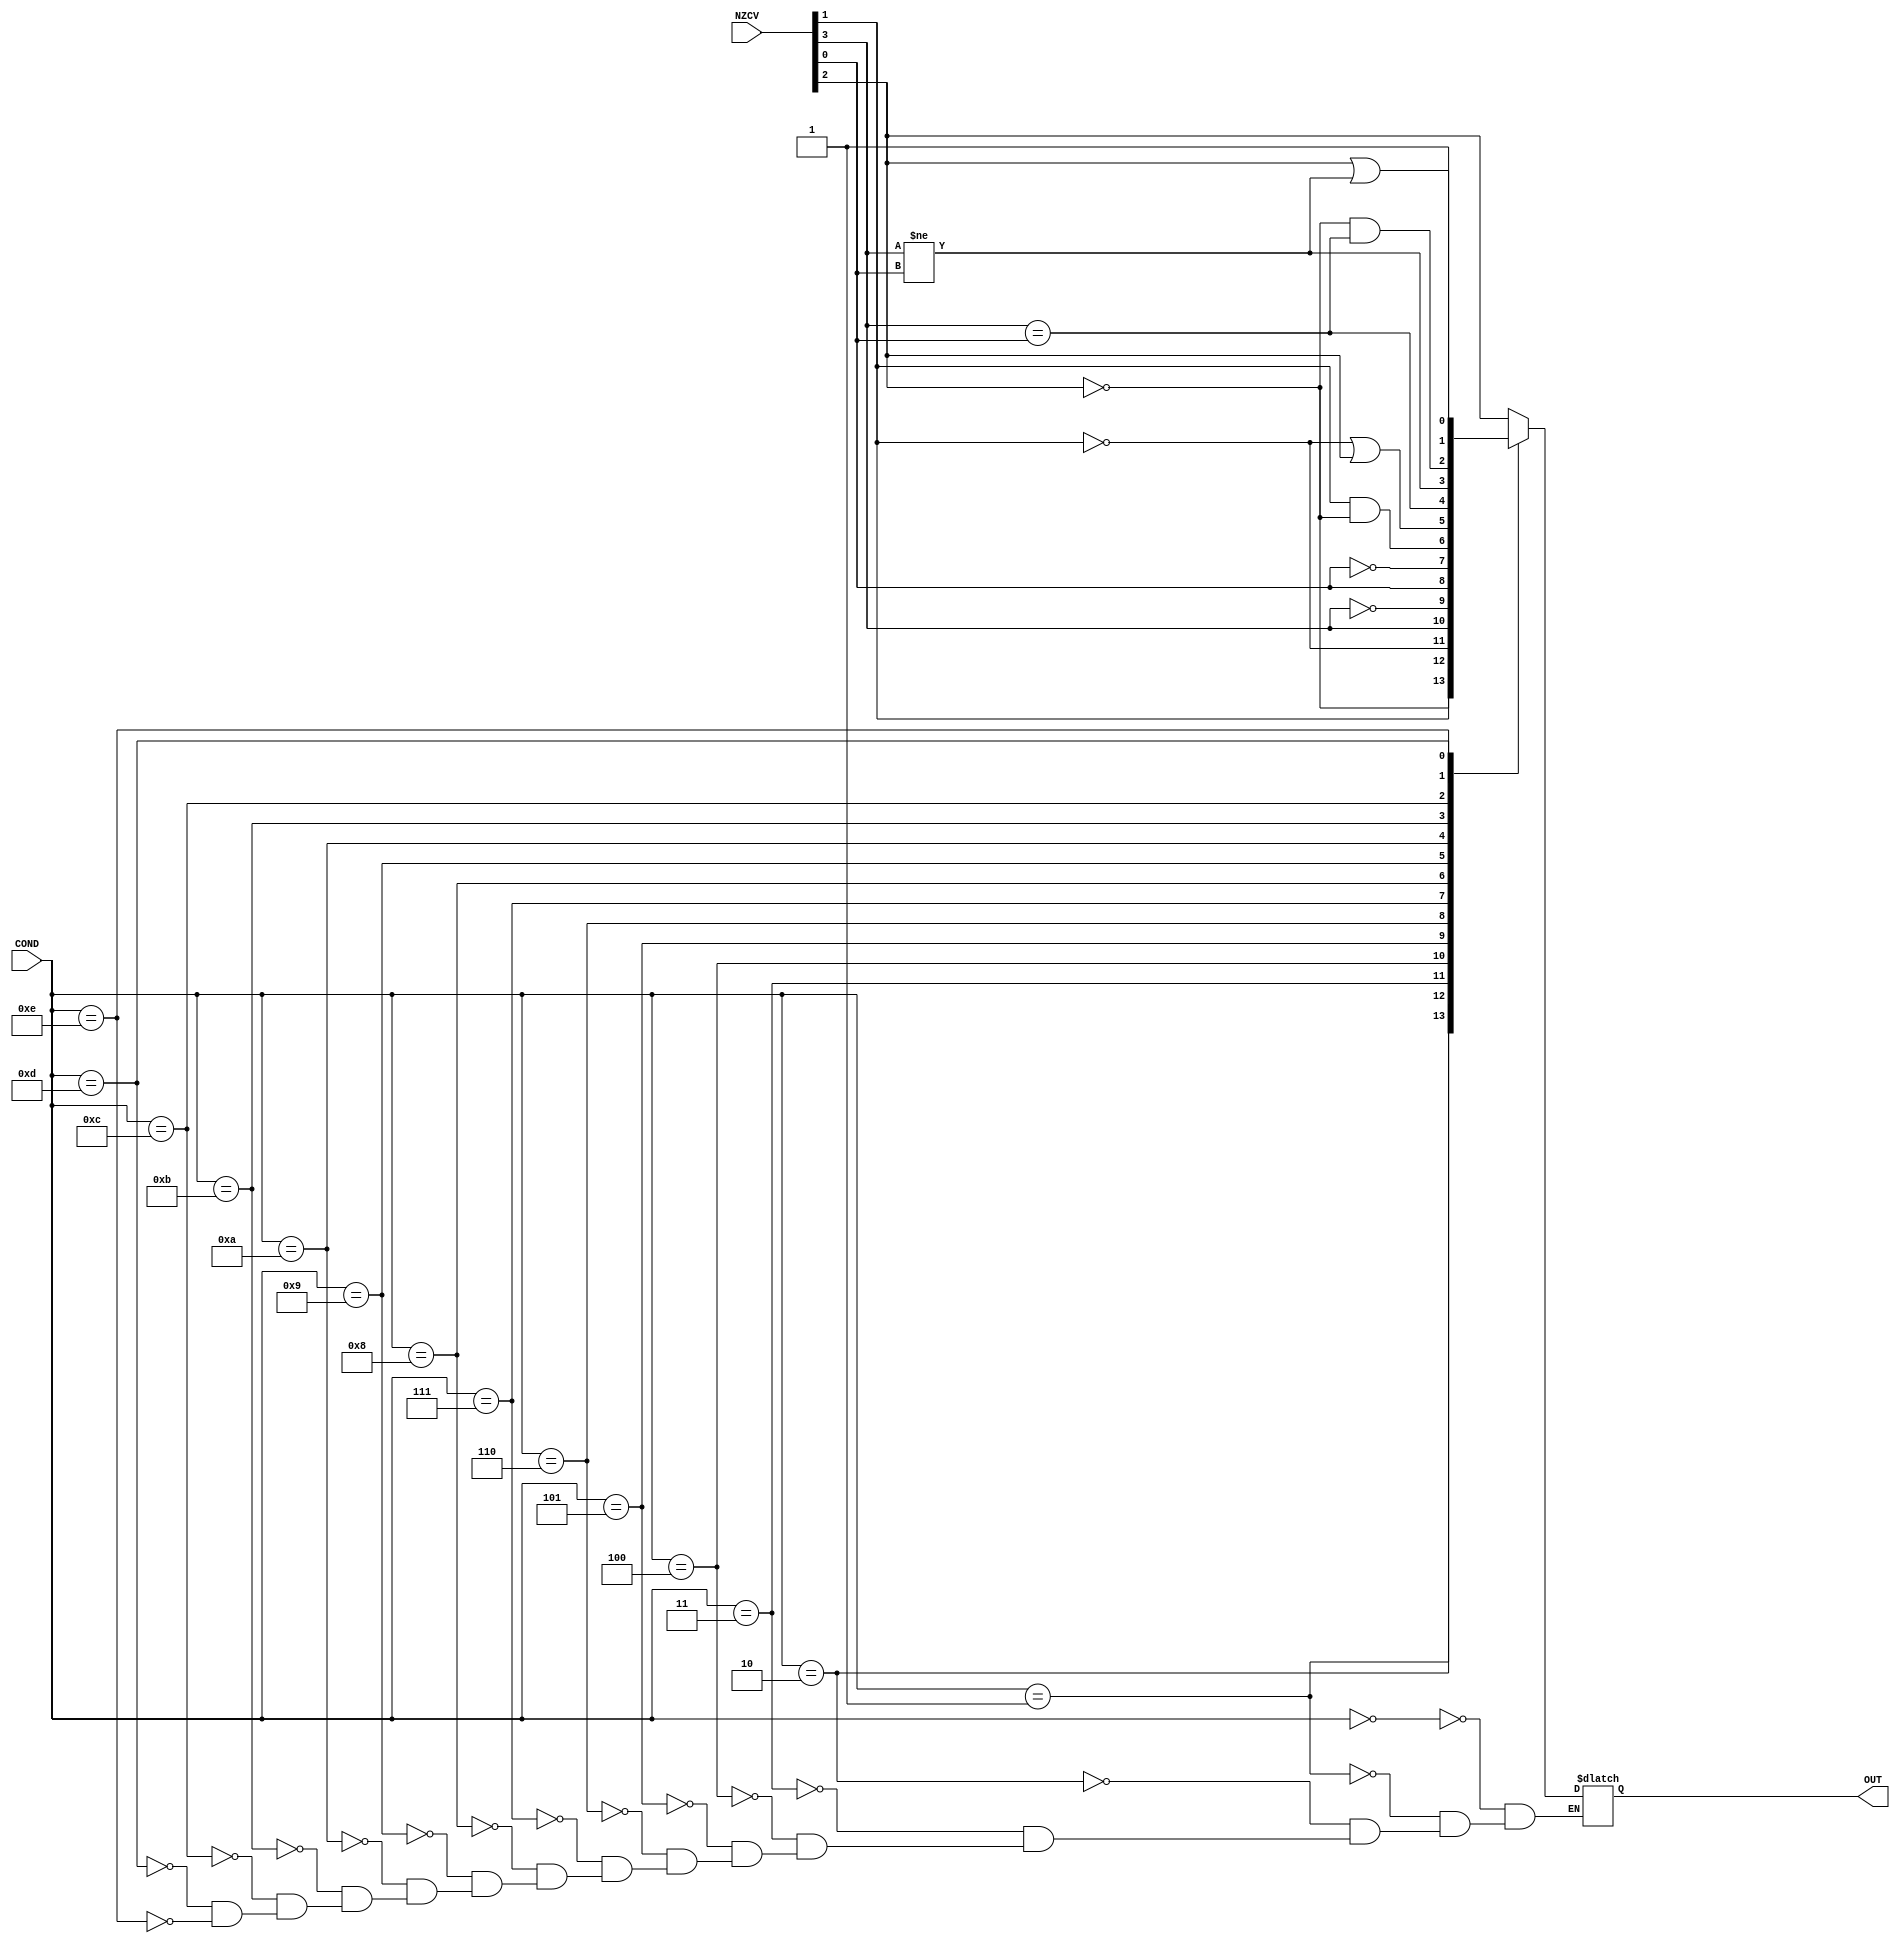
module NZCV_CHECK(
	input	wire[3:0]	NZCV,
	input	wire[3:0]	COND,
	output	reg		OUT
); // 4??? ???? NZCV(flag), COND(????)? ???? ???? OUT??

always @(*)
begin
	casex(COND)
		4'b0000:	OUT <= NZCV[2];
		4'b0001:	OUT <= ~NZCV[2];
		4'b0010:	OUT <= NZCV[1];
		4'b0011:	OUT <= ~NZCV[1];
		4'b0100:	OUT <= NZCV[3];
		4'b0101:	OUT <= ~NZCV[3];
		4'b0110:	OUT <= NZCV[0];
		4'b0111:	OUT <= ~NZCV[0];
		4'b1000:	OUT <= NZCV[1]&~NZCV[2];
		4'b1001:	OUT <= ~NZCV[1]|NZCV[2];
		4'b1010:	OUT <= NZCV[3]==NZCV[0];
		4'b1011:	OUT <= NZCV[3]!=NZCV[0];
		4'b1100:	OUT <= (~NZCV[2]&(NZCV[3]==NZCV[0]));
		4'b1101:	OUT <= (NZCV[2]|(NZCV[3]!=NZCV[0]));
		4'b1110:	OUT <= 1'b1;
// ? ????? ?? ?? ?? ?? ???
	endcase
end

endmodule